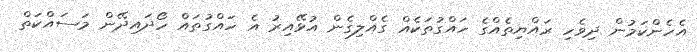
އެހެންކަމުން ދިވެހި ރައްޔިތެއްގެ ހައްގުތަކެއް ގެއްލިގެން އުޅޭއިރު އެ ހައްގުތައް ހޯދައިދޭން މަސައްކަތް